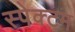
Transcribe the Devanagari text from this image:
स्पेक्टम